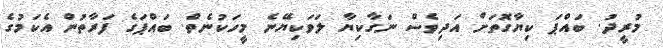
މުރީދު. ބައްޕަ ކިޔާގޮތަށް އަދިވެސް ނަގާކިޔާ ލަވަކިޔޭނެ މީހަކުނެތް. ބައްޕަގެ ފަރާތުން އެކަމުގެ